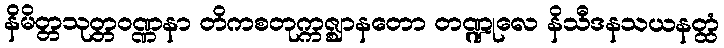
နိမိတ္တသုတ္တဝဏ္ဏနာ တိကစတုက္ကဇ္ဈာနတော တဏ္ဍုလေ နိသီဒနသယနတ္ထံ